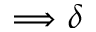
\Longrightarrow \delta